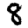
Digit: 8